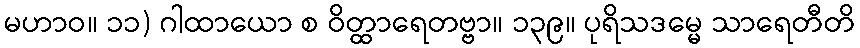
မဟာဝ။ ၁၁) ဂါထာယော စ ဝိတ္ထာရေတဗ္ဗာ။ ၁၃၉။ ပုရိသဒမ္မေ သာရေတီတိ